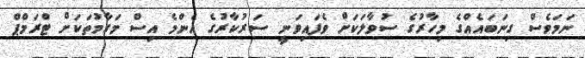
ނަމަވެސް ގިނަބައެއްގެ މިހާރުގެ ސުވާލަކަށް ވެފައިވަނީ ސަރުކާރުގެ އެންމެ އިސް މަގާމުތަކަށް ޓްރަމްޕް